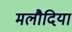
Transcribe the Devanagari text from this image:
मलौदिया